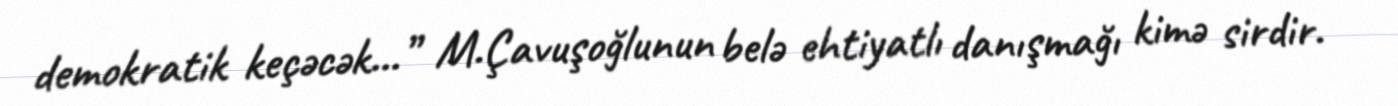
demokratik keçəcək...” M.Çavuşoğlunun belə ehtiyatlı danışmağı kimə sirdir.